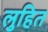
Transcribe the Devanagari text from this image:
लुहित